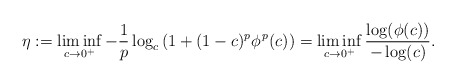
\begin{align*}\eta:=\liminf_{c\to 0^+} -\frac{1}{p} \log_c \left(1+(1-c)^p\phi^{\, p}(c)\right)=\liminf_{c\to 0^+} \frac {\log(\phi(c))}{-\log (c)}.\end{align*}